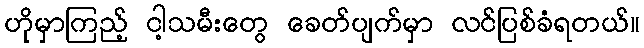
ဟိုမှာကြည့် ငါ့သမီးတွေ ခေတ်ပျက်မှာ လင်ပြစ်ခံရတယ်။